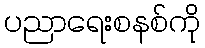
ပညာရေးစနစ်ကို